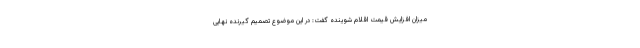
میزان افزایش قیمت اقلام شوینده گفت: در این موضوع تصمیم گیرنده نهایی